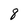
Character: 8